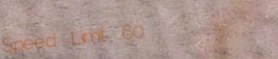
Speed Limit 60